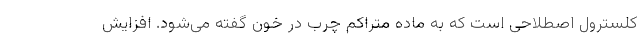
کلسترول اصطلاحی است که به ماده متراکم چرب در خون گفته می‌شود. افزایش